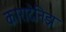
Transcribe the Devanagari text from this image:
कारादेनिझ